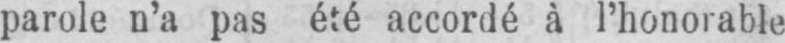
parole n’a pas été accordé à l’honorable